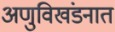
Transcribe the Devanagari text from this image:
अणुविखंडनात